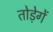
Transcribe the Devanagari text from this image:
तोड़ेगें